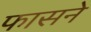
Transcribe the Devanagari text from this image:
फासने